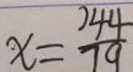
x = \frac { 2 4 4 } { 7 9 }